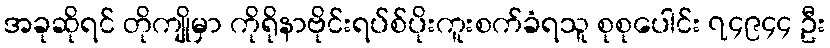
အခုဆိုရင် တိုကျိုမှာ ကိုရိုနာဗိုင်းရပ်စ်ပိုးကူးစက်ခံရသူ စုစုပေါင်း ၇၄၉၄၄ ဦး